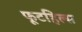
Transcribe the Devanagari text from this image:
फूटहिल्स